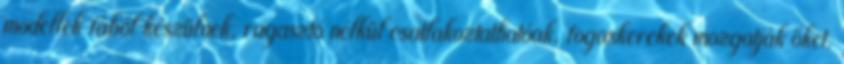
modellek fából készülnek, ragasztó nélkül csatlakoztathatóak, fogaskerekek mozgatják őket.